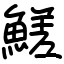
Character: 䱹